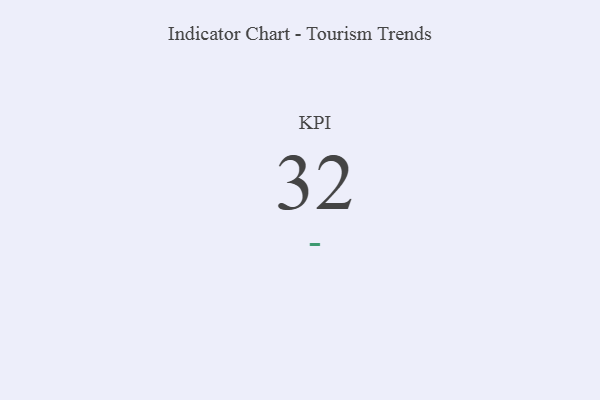
{"axis": {"x": "KPI", "y": "Value"}, "legend": [""], "data": [{"x": "KPI", "y": 32, "type": ""}]}